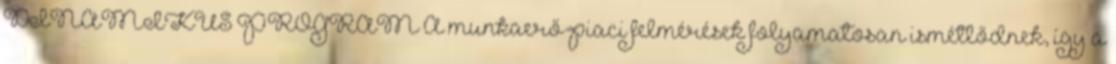
DINAMIKUS PROGRAM A munkaerő-piaci felmérések folyamatosan ismétlődnek, így a